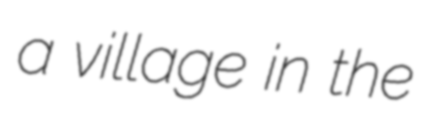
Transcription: a village in the